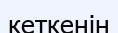
кеткенін